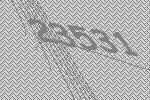
23531